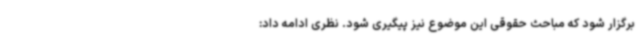
برگزار شود که مباحث حقوقی این موضوع نیز پیگیری شود. نظری ادامه داد: